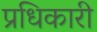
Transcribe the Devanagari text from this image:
प्रधिकारी